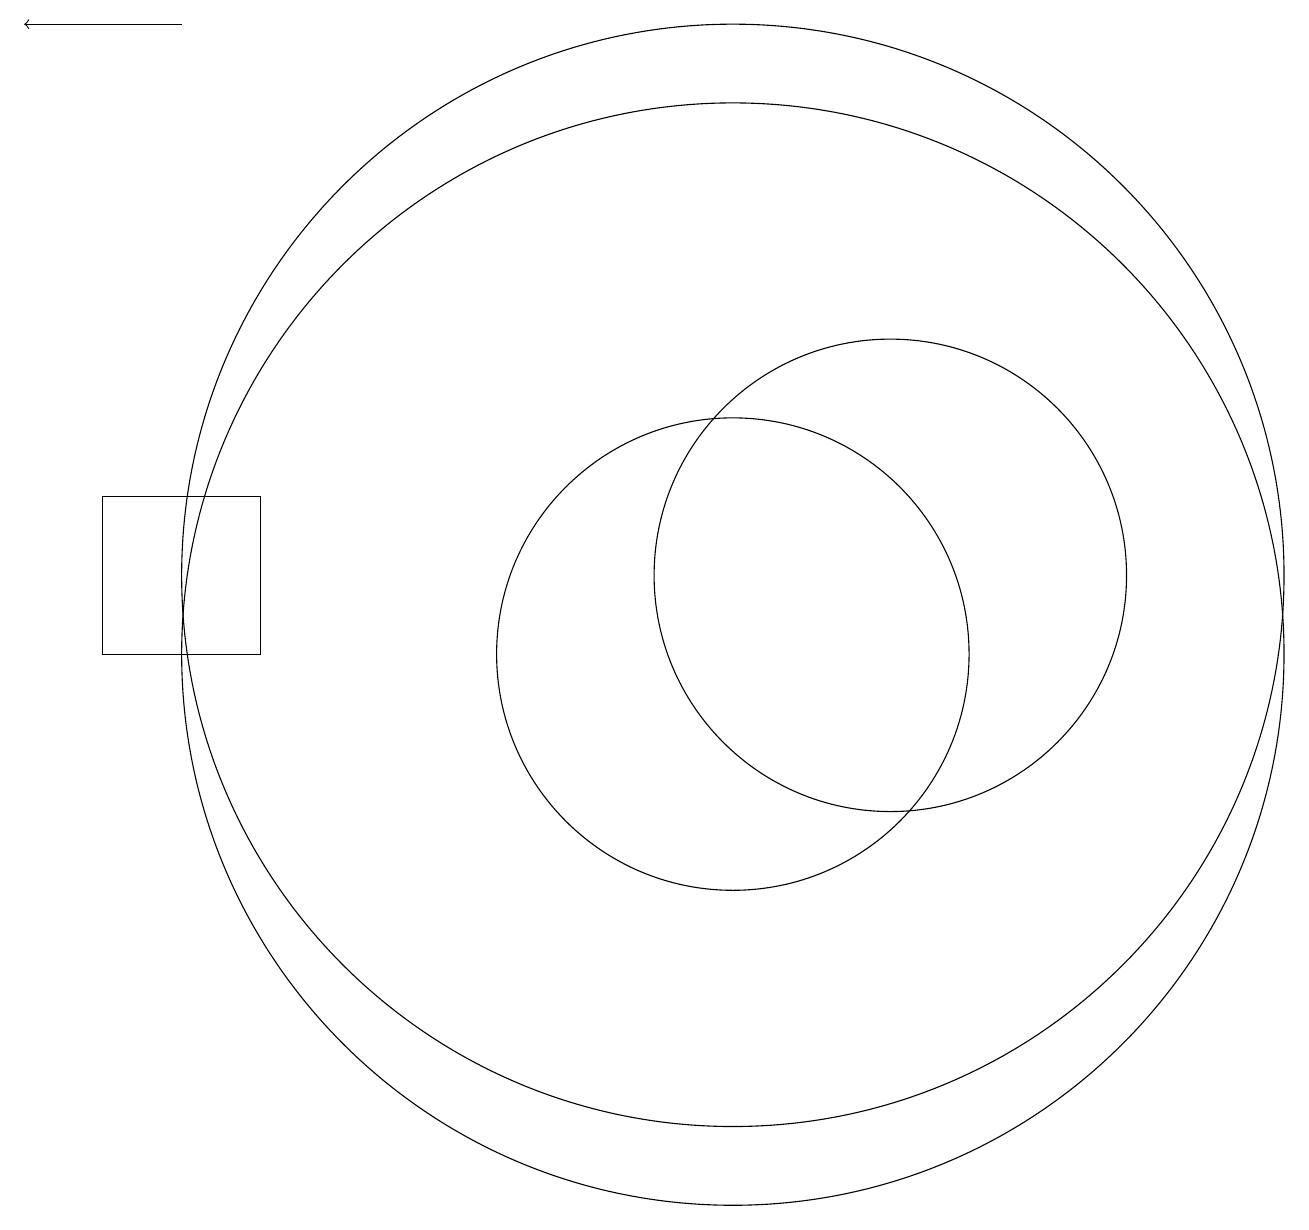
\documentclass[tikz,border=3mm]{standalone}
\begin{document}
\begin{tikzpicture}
\draw (10,10) circle (3);
\draw (10,10) circle (7);
\draw (12,11) circle (3);
\draw (10,11) circle (7);
\draw[->] (3,18) -- (1,18);
\draw (4,12) rectangle (2,10);
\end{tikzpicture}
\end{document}